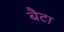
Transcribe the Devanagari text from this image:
बैटा